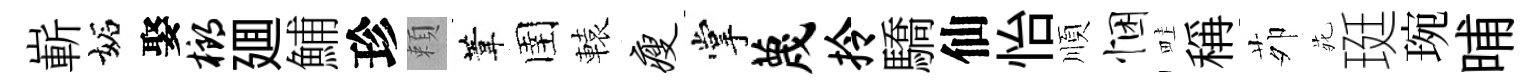
嶄妬娶榔廽鯆珍頼葦圉轅瘦掌蔑拎驕仙怡順悃畦稱茆𫟍珽琬晡